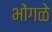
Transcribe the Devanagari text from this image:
भोंगळे